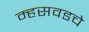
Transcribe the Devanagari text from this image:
म्हसवडचे